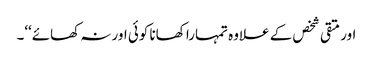
اور متقی شخص کے علاوہ تمہارا کھانا کوئی اور نہ کھائے‘‘۔